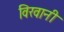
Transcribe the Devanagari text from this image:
विरवानी